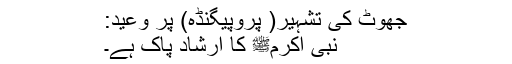
جھوٹ کی تشہیر( پروپیگنڈہ) پر وعید:
نبی اکرمﷺ کا ارشاد پاک ہے۔